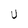
Character: U